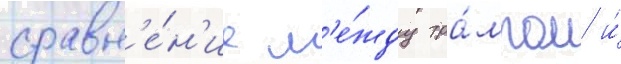
сравн'е́н'ие м'е́жду тра́мпом и́